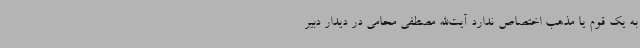
به یک قوم یا مذهب اختصاص ندارد آیت‌الله مصطفی محامی در دیدار دبیر